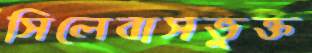
সিলেবাসভুক্ত